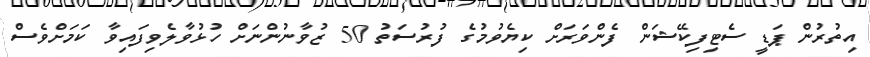
އިތުރުން ޕަޑީ ސެޓިފިކޭޝަން ފެންވަރަށް ކިޔެވުމުގެ ފުރުސަތު 50 ޒުވާނުންނަށް ހުޅުވާލެވިފައިވާ ކަމަށްވެސް